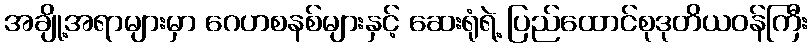
အချို့အရာများမှာ ဂေဟစနစ်များနှင့် ဆေးရုံရဲ့ ပြည်ထောင်စုဒုတိယဝန်ကြီး